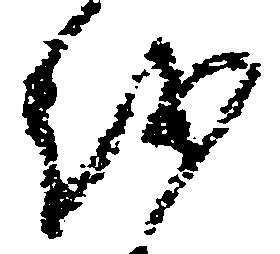
越